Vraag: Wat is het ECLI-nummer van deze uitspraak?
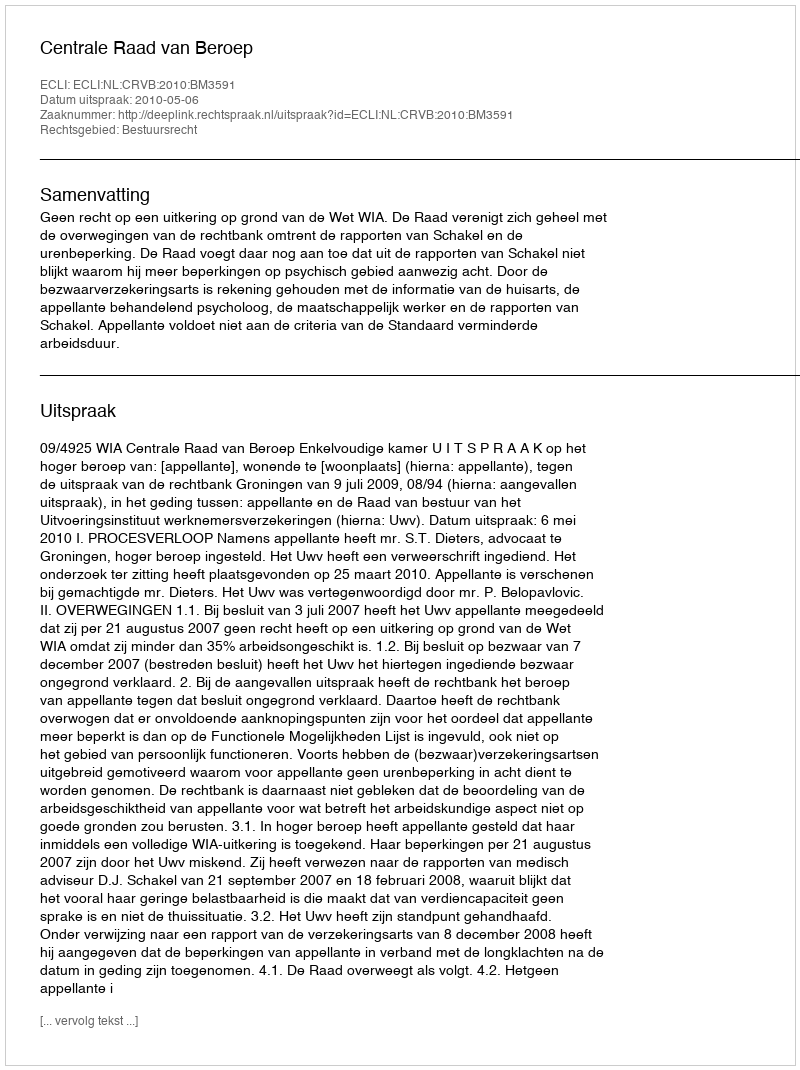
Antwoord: ECLI:NL:CRVB:2010:BM3591